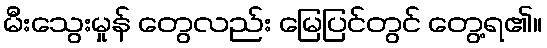
မီးသွေးမှုန် တွေလည်း မြေပြင်တွင် တွေ့ရ၏။